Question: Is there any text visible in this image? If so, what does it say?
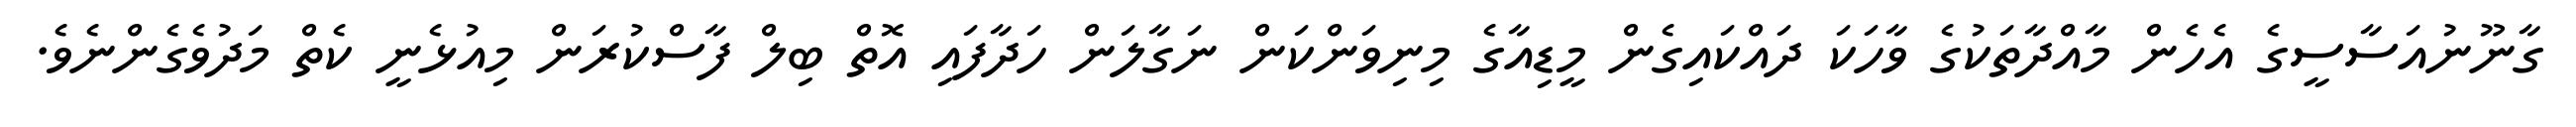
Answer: ގާނޫނުއަސާސީގެ އެހެން މާއްދާތަކުގެ ވާހަކަ ދައްކައިގެން މީޑިއާގެ މިނިވަންކަން ނަގާލަން ހަދާފައި އޮތް ބިލް ފާސްކުރަން މިއުޅެނީ ކެތް މަދުވެގެންނެވެ.